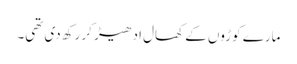
مارے کوڑوں کے کھال ادھیڑ کر رکھ دی تھی۔